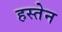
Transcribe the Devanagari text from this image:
हस्तेन